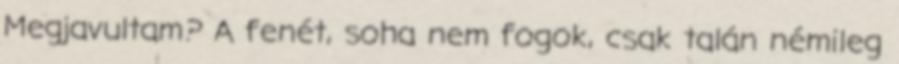
Megjavultam? A fenét, soha nem fogok, csak talán némileg